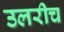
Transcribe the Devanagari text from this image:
उलरीच